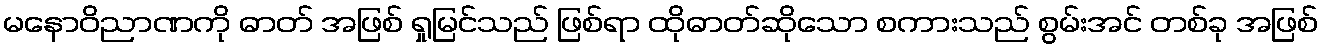
မနောဝိညာဏကို ဓာတ် အဖြစ် ရှုမြင်သည် ဖြစ်ရာ ထိုဓာတ်ဆိုသော စကားသည် စွမ်းအင် တစ်ခု အဖြစ်